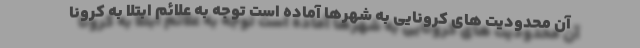
آن محدودیت های کرونایی به شهرها آماده است توجه به علائم ابتلا به کرونا